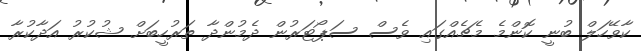
ކާވޭހަލް ބުނީ ކޮންމެ މެޗެއްގައި ވެސް ސަޕޯޓަރުން ދެމުންދާ ތަރުހީބަށް ޝުކުރު އަދާކުރާ